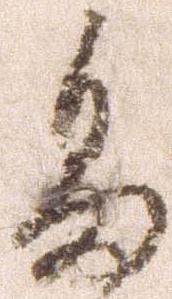
畠